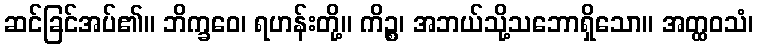
ဆင်ခြင်အပ်၏။ ဘိက္ခဝေ၊ ရဟန်းတို့။ ကိဉ္စ၊ အဘယ်သို့သဘောရှိသော။ အတ္ထဝသံ၊